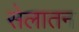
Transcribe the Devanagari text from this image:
सेलातन